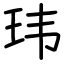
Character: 玮